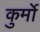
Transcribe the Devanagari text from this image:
कुर्मो